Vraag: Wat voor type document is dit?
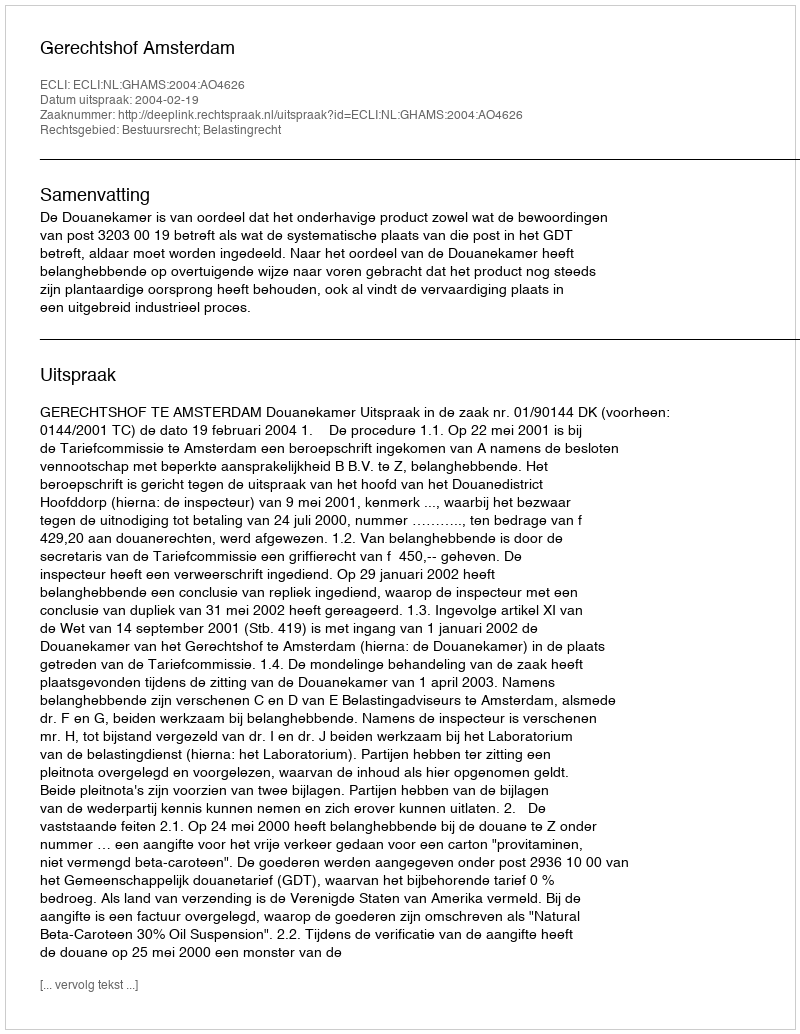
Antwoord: Uitspraak